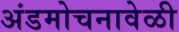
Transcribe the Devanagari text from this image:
अंडमोचनावेळी